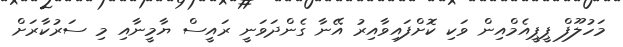
މަހުލޫފް ޕީޕީއެމްއިން ވަކި ކޮށްފައިވާއިރު އޭނާ ގެންދަވަނީ ރައީސް ޔާމީނާއި މި ސަރުކާރަށް